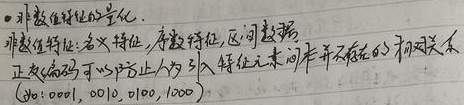
•非数值特征的量化.非数值特征: 名义特征, 序数特征, 区间数据
正交编码可以防止人为引入特征之间原本不存在的相对关系(如: 0001, 0010, 0100, 1000)